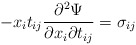
\begin{align*} - x_i t_{ij} \frac{\partial^{2} \Psi}{\partial x_i \partial t_{ij}} =\sigma_{ij}\end{align*}